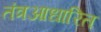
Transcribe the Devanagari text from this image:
तंत्रआधारित